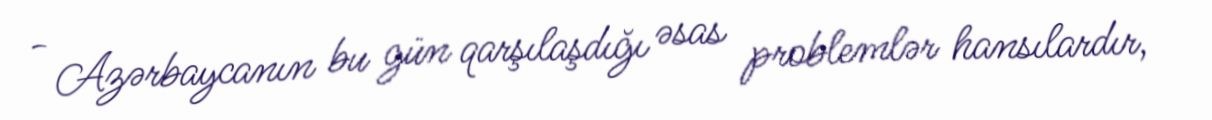
- Azərbaycanın bu gün qarşılaşdığı əsas problemlər hansılardır,